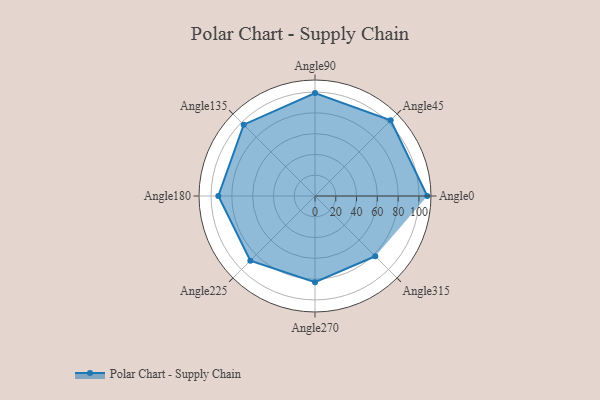
{"axis": {"x": "Angle", "y": "Radius"}, "legend": [""], "data": [{"x": "Angle0", "y": 108.0, "type": ""}, {"x": "Angle45", "y": 103.0, "type": ""}, {"x": "Angle90", "y": 99.0, "type": ""}, {"x": "Angle135", "y": 97.0, "type": ""}, {"x": "Angle180", "y": 93.0, "type": ""}, {"x": "Angle225", "y": 88.0, "type": ""}, {"x": "Angle270", "y": 83.0, "type": ""}, {"x": "Angle315", "y": 82.0, "type": ""}]}